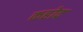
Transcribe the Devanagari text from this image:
कहोद